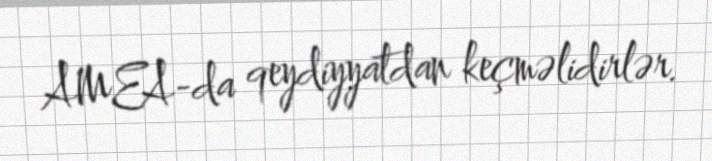
AMEA-da qeydiyyatdan keçməlidirlər.